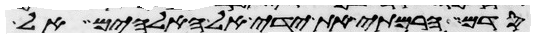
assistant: סדם הרמתי את ידי אל האלהים אל